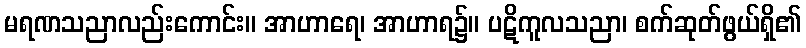
မရဏသညာလည်းကောင်း။ အာဟာရေ၊ အာဟာရ၌။ ပဋိကူလသညာ၊ စက်ဆုတ်ဖွယ်ရှိ၏